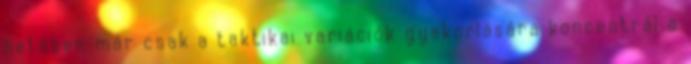
hetében már csak a taktikai variációk gyakorlására koncentrál a